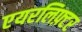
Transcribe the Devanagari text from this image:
एयरलिफ़्टर